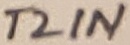
Text: T2IN